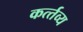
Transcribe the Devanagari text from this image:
कर्त्‍तव्‍य